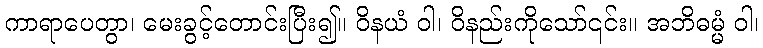
ကာရာပေတွာ၊ မေးခွင့်တောင်းပြီး၍။ ဝိနယံ ဝါ၊ ဝိနည်းကိုသော်၎င်း။ အဘိဓမ္မံ ဝါ၊